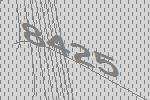
8425